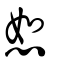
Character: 恕